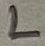
Text: L